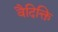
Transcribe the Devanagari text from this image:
वैदिक्ति